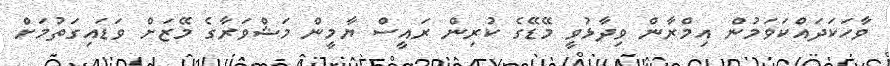
ވާހަކަދައްކަވަމުން އިމްރާން ވިދާޅުވީ މޭޑޭގެ ކުރިން ރައީސް ޔާމީން މަޝްވަރާގެ މޭޒަށް ވަޑައިގަތުމަށް